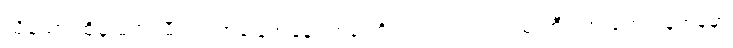
သို့သော် ထိုမှ မကြာမီတွင် အခြေအနေတစ်ခု တိုးလာသည်ကား သုံးဘီးကားတွေ ရန်ကုန်မှာ